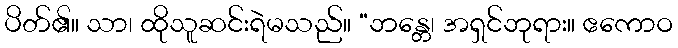
ပိတ်၏။ သာ၊ ထိုသူဆင်းရဲမသည်။ “ဘန္တေ၊ အရှင်ဘုရား။ ဧကောဝ